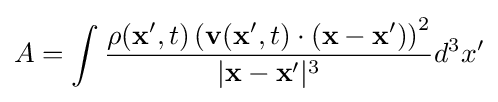
A=\int {\rho (\mathbf {x} ',t)\left(\mathbf {v} (\mathbf {x} ',t)\cdot (\mathbf {x} -\mathbf {x} ')\right)^{2} \over |\mathbf {x} -\mathbf {x} '|^{3}}d^{3}x'